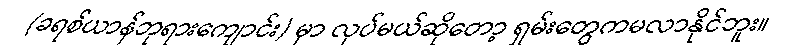
(ခရစ်ယာန်ဘုရားကျောင်း) မှာ လုပ်မယ်ဆိုတော့ ရှမ်းတွေကမလာနိုင်ဘူး။